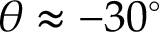
\theta \approx - 3 0 ^ { \circ }